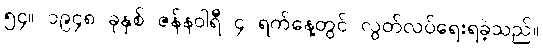
၅၄။ ၁၉၄၈ ခုနှစ် ဇန်နဝါရီ ၄ ရက်နေ့တွင် လွတ်လပ်ရေးရခဲ့သည်။